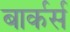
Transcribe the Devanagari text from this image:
बार्कर्स